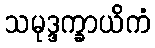
သမုဒ္ဒက္ခာယိကံ